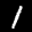
Label: 1